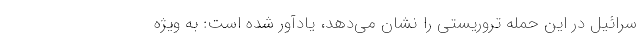
سرائیل در این حمله تروریستی را نشان می‌دهد، یادآور شده است: به ویژه